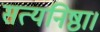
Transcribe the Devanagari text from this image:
सत्यनिष्ठा।